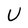
Character: U